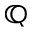
\mathbb { Q }